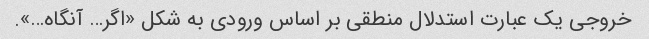
خروجی یک عبارت استدلال منطقی بر اساس ورودی به شکل «اگر… آنگاه…».